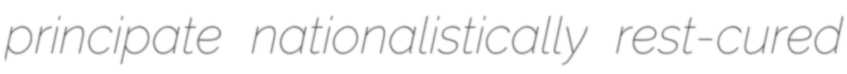
principate nationalistically rest-cured